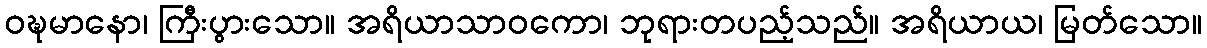
ဝဍ္ဎမာနော၊ ကြီးပွားသော။ အရိယာသာဝကော၊ ဘုရားတပည့်သည်။ အရိယာယ၊ မြတ်သော။